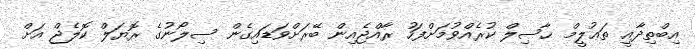
އިބްތިދާއީ ތަޢުލީމް ޙާޞިލް ކުރެއްވުމަށްފަހު ރާއްޖެއިން ބޭރަށްވަޑައިގެން ސިލޯނުގެ ރޮޔަލް ކޮލެޖް އަށް